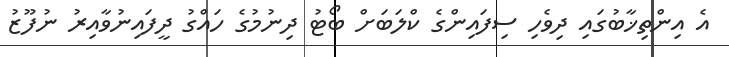
އެ އިންތިޚާބުގައި ދިވެހި ސިފައިންގެ ކްލަބަށް ބޯޓު ދިނުމުގެ ހައްގު ދީފައިނުވާއިރު ނުފޫޒު